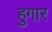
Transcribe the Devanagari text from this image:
हुगार